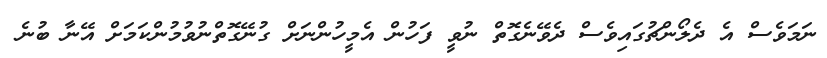
ނަމަވެސް އެ ދެލޯންޗުގައިވެސް ދެވޭނެގޮތް ނުވީ ފަހުން އެމީހުންނަށް ގުނޭގޮތްނުވުމުންކަމަށް އޭނާ ބުނެ